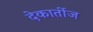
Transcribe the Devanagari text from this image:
देकार्तीज